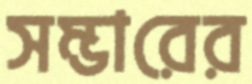
সম্ভারের